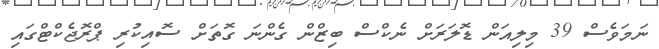
ނަމަވެސް 39 މިލިއަން ޑޮލަރަށް ނެކްސް ބިޒްން ގެންނަ ގޮތަށް ސޮއިކުރި ޕްރޮޖެކްޓްގައި